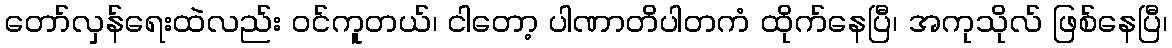
တော်လှန်ရေးထဲလည်း ဝင်ကူတယ်၊ ငါတော့ ပါဏာတိပါတကံ ထိုက်နေပြီ၊ အကုသိုလ် ဖြစ်နေပြီ၊